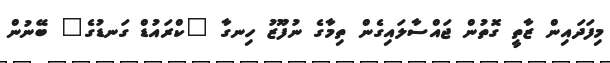
މިފަދައިން ޒާތީ ގޮތުން ޖައްސާލައިގެން ތިމާގެ ނުފޫޒު ހިނގާ "ކްރައުޑް ގަނޑުގެ" ބޭނުން